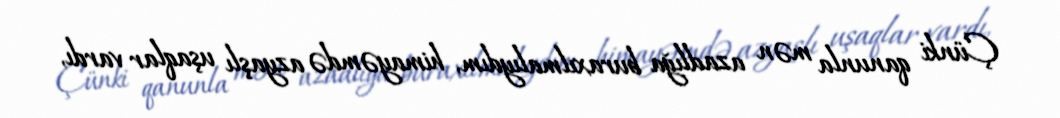
Çünki qanunla mən azadlığa buraxılmalıydım, himayəmdə azyaşlı uşaqlar vardı,